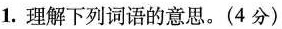
1.理解下列词语的意思。(4分)